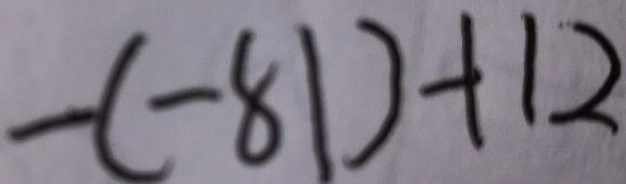
- ( - 8 1 ) + 1 2